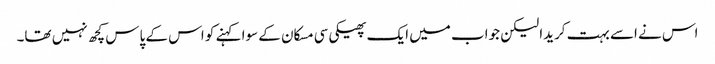
اس نے اسے بہت کریدا لیکن جواب میں ایک پھیکی سی مسکان کے سوا کہنے کو اس کے پاس کچھ نہیں تھا۔